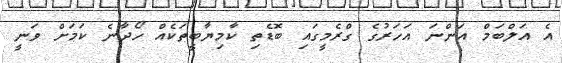
އެ އަލްބަމް އަންނަ އަހަރުގެ ގްރެމީގައި ބޮޑެތި ކާމިޔާބީތަކެއް ހޯދާނެ ކަމަށް ވަނީ